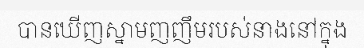
បានឃើញស្នាមញញឹមរបស់នាងនៅក្នុង